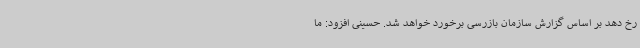
رخ دهد بر اساس گزارش سازمان بازرسی برخورد خواهد شد. حسینی افزود: ما